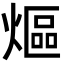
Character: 熰